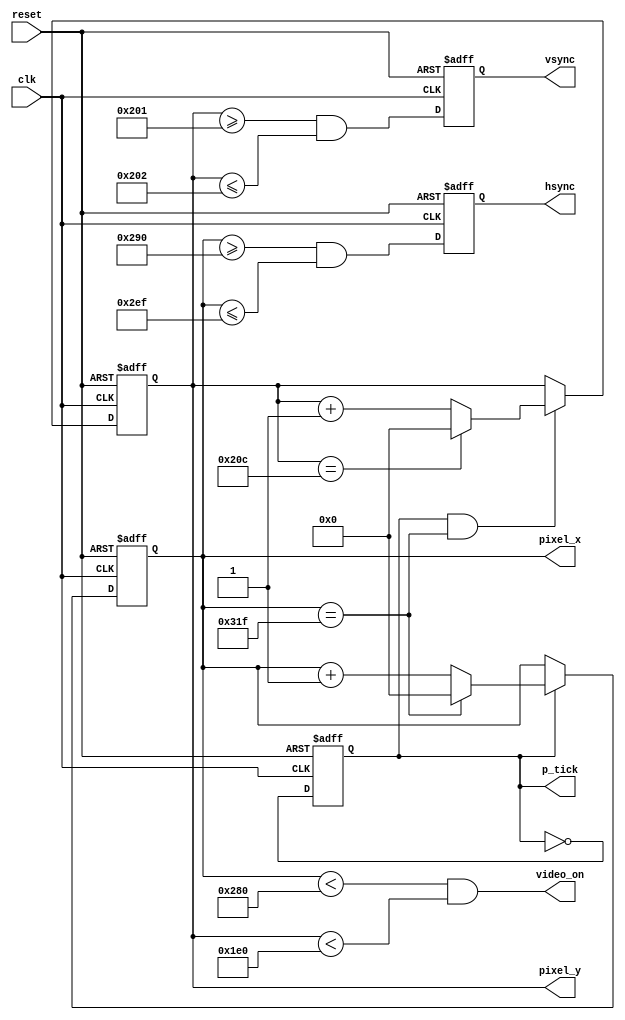
`timescale 1ns / 1ps
//////////////////////////////////////////////////////////////////////////////////
// Company: 
// Engineer: 
// 
// Design Name: 
// Module Name:    vga_sync 
// Project Name: 
// Target Devices: 
// Tool versions: 
// Description: 
//
// Dependencies: 
//
// Revision: 
// Revision 0.01 - File Created
// Additional Comments: 
//
//////////////////////////////////////////////////////////////////////////////////
module vga_sync
(
	input wire clk,reset,
	output wire hsync , vsync , video_on, p_tick,
	output wire [9:0] pixel_x, pixel_y
) ;
	localparam HD = 640;
	localparam HF = 48 ;
	localparam HB = 16 ;
	localparam HR = 96 ;
	localparam VD = 480;
	localparam VF = 10;
	localparam VB = 33;
	localparam VR = 2;
	reg   mod2_reg;
	wire  mod2_next;
	reg 	[9:0] h_count_reg, h_count_next;
	reg	[9:0] v_count_reg , v_count_next ;
	reg v_sync_reg , h_sync_reg ;
	wire v_sync_next , h_sync_next ;
	wire h_end , v_end , pixel_tick;
	always @ (posedge clk , posedge reset)
		if(reset)
			begin
				mod2_reg <= 1'b0;
				v_count_reg <= 0;
				h_count_reg <= 0 ;
				v_sync_reg <= 1'b0;
				h_sync_reg <= 1'b0;
			end
		else
			begin
				mod2_reg <= mod2_next ;
				v_count_reg <= v_count_next;
				h_count_reg <= h_count_next;
				v_sync_reg <= v_sync_next ;
				h_sync_reg <= h_sync_next ;
			end
		assign mod2_next = ~mod2_reg;
		assign pixel_tick = mod2_reg;
		assign h_end = (h_count_reg==(HD+HF+HB+HR-1)) ;
		assign v_end = (v_count_reg==(VD+VF+VB+VR-1)) ;
		always @*
			if (pixel_tick) // 25 MHz p u l s e
				if (h_end)
					h_count_next = 0 ;
				else
					h_count_next = h_count_reg + 1;
			else
				h_count_next = h_count_reg;
		always @*
		if (pixel_tick & h_end)
			if	(v_end)
				v_count_next = 0;
			else
				v_count_next = v_count_reg + 1;
			else
				v_count_next = v_count_reg;
		assign h_sync_next = (h_count_reg>=(HD+HB) &&h_count_reg<=(HD+HB+HR-1));
		assign v_sync_next = (v_count_reg>=(VD+VB) &&v_count_reg<=(VD+VB+VR-1));
		assign video_on = (h_count_reg<HD) && (v_count_reg<VD);
		assign hsync = h_sync_reg;
		assign vsync = v_sync_reg;
		assign pixel_x = h_count_reg;
		assign pixel_y = v_count_reg;
		assign p_tick = pixel_tick;
endmodule